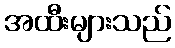
အထီးများသည်